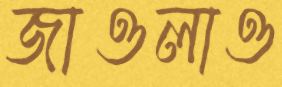
জাওলাও